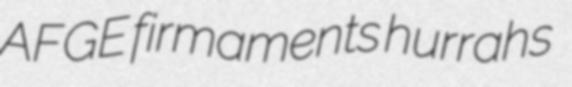
AFGE firmaments hurrahs